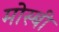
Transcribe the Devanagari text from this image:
मोस्बी